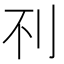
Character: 𰄟